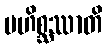
မဟိစ္ဆဿာတိ